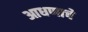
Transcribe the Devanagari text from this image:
आधणाचे